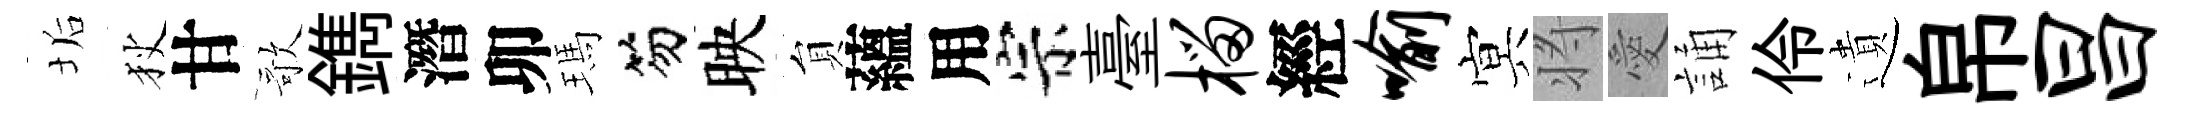
垢狄甘歌鐫潛卯瑪笏映貟蘊用宗臺榴經喻㝠将愛誦伶遺帛昌